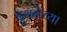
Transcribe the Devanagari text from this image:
दुधनेच्या